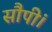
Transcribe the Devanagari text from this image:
सौपीं।